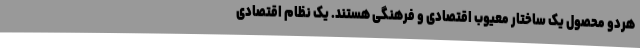
هردو محصولِ یک ساختار معیوبِ اقتصادی و فرهنگی هستند. یک نظامِ اقتصادی